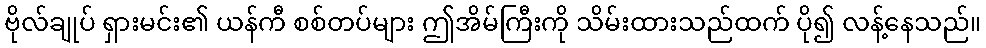
ဗိုလ်ချုပ် ရှားမင်း၏ ယန်ကီ စစ်တပ်များ ဤအိမ်ကြီးကို သိမ်းထားသည်ထက် ပို၍ လန့်နေသည်။